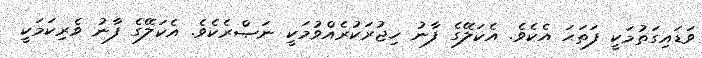
ވަޑައިގަތުމަކީ ފަތަޙަ އެކެވެ. އެކަލޭގެ ފާނު ހިޖުރަކުރެއްވުމަކީ ނަޞްރެކެވެ. އެކަލޭގެ ފާނު ވެރިކަމަކީ